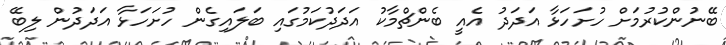
ބޭނުންކުރުމަށް ހުށަހަޅާ އަދަދު އެއީ ބެންޗްމާކު އަދަދުކަމުގައި ބަލައިގެން ހުށަހަޅާ އަދަދުން ލިބޭ